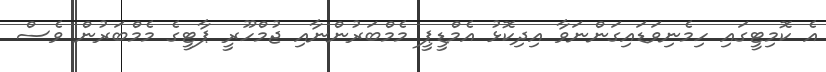
އެ ކޮމިޓީގައި ހިމެނިވަޑައިގަންނަވާ އިދިކޮޅު އެމްޑީޕީ މެމްބަރުންނާއި ޖުމްހޫރީ ޕާޓީގެ މެމްބަރުން ވެސް